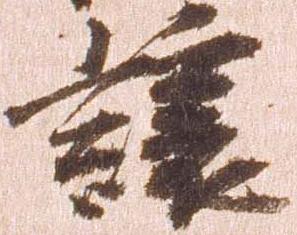
譲